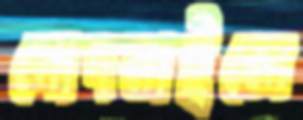
গোদনাইলে